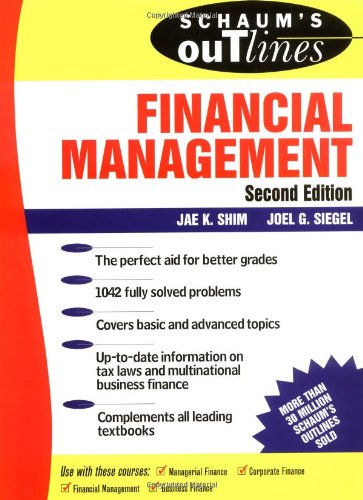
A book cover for Schaum's Outline of Financial Management; Jae K Shim; Business & Money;